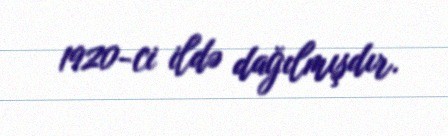
1920-ci ildə dağılmışdır.